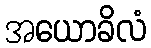
အယောခိလံ